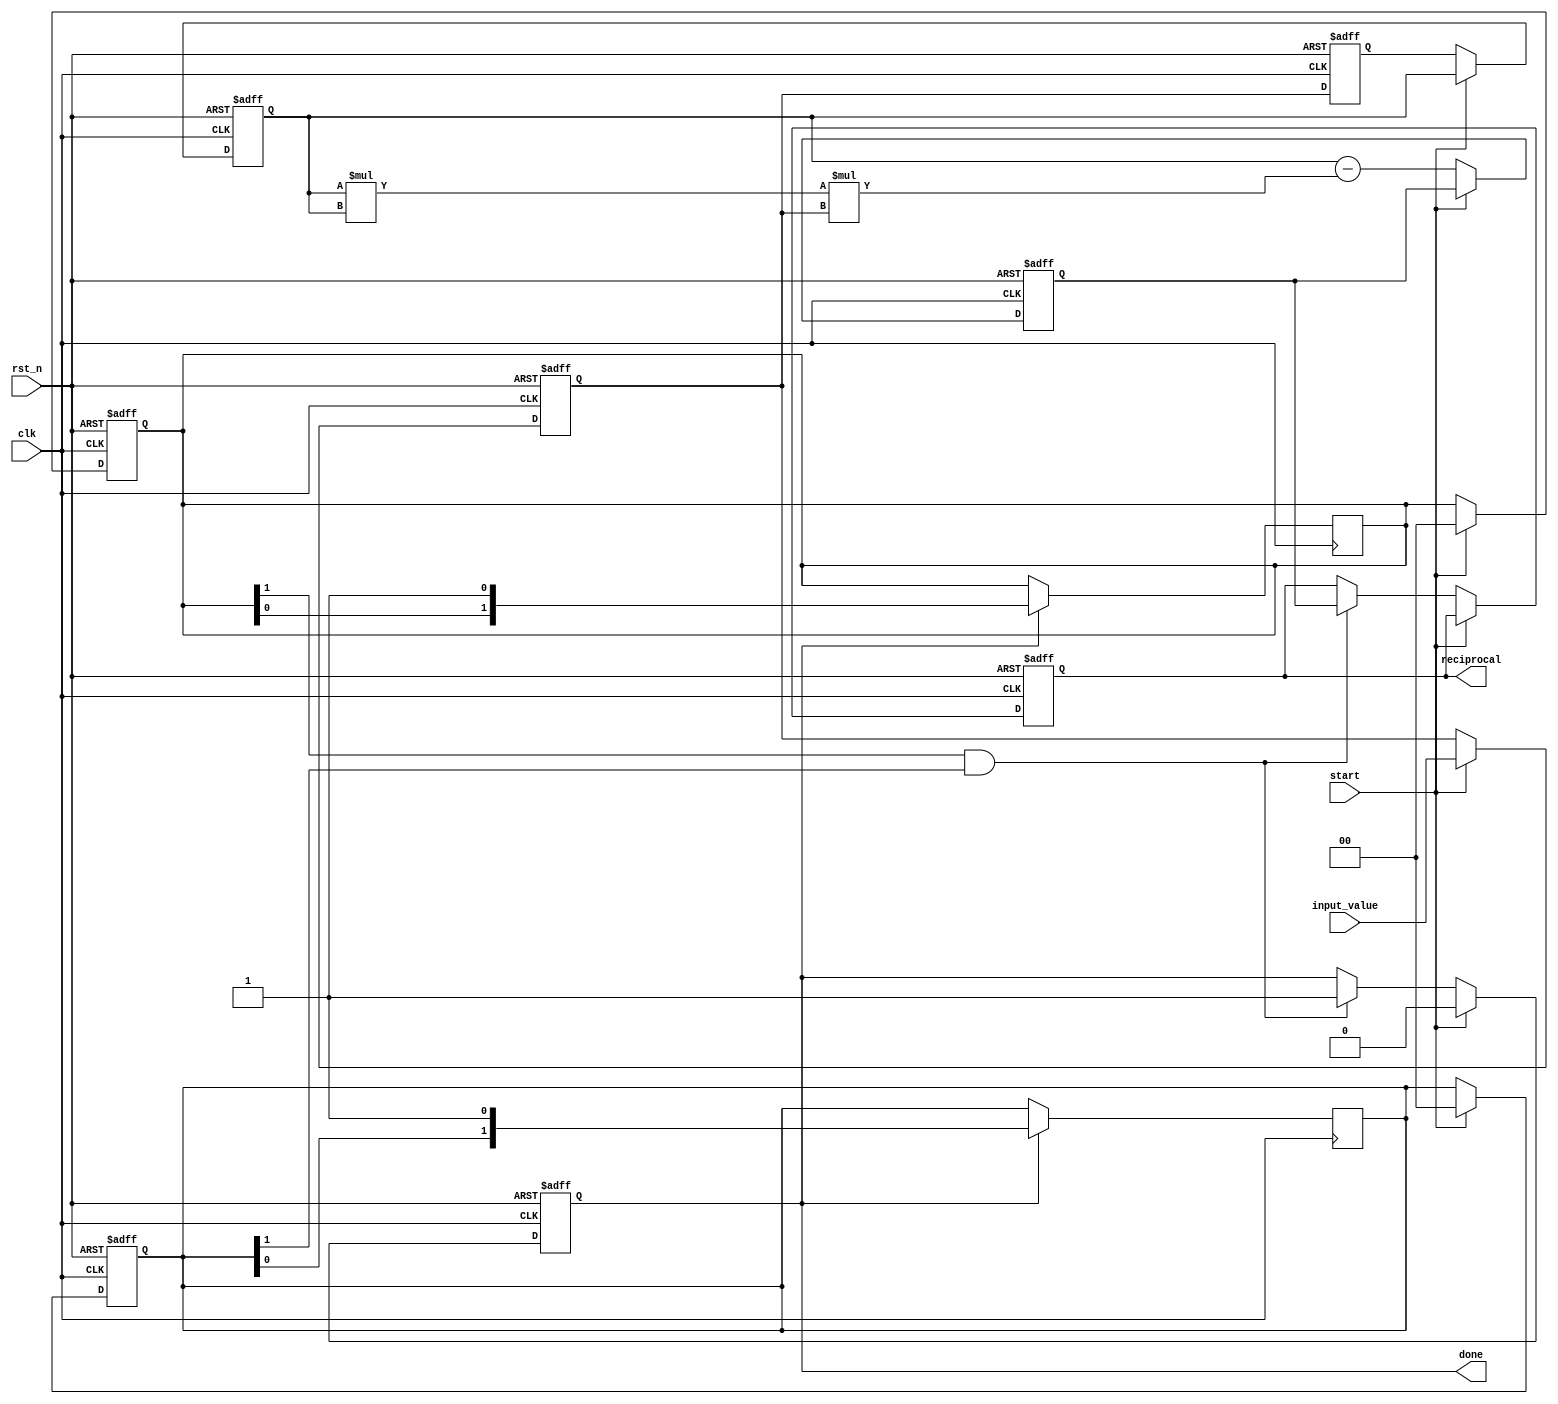
module systolic_array_reciprocal #(
    parameter N = 2,          // Size of the systolic array (NxN)
    parameter DATA_WIDTH = 16 // Bit-width of input/output data
)(
    input wire clk,
    input wire rst_n,
    input wire start,
    input wire [DATA_WIDTH-1:0] input_value,
    output reg [DATA_WIDTH-1:0] reciprocal,
    output reg done
);

    // Internal signals
    reg [DATA_WIDTH-1:0] PE [0:N-1][0:N-1]; // Processing elements
    reg [DATA_WIDTH-1:0] input_buffer;
    reg [N-1:0] row_done, col_done;

    // Initialization and control logic
    integer i, j;
    always @(posedge clk or negedge rst_n) begin
        if (!rst_n) begin
            reciprocal <= 0;
            done <= 0;
            for (i = 0; i < N; i = i + 1) begin
                for (j = 0; j < N; j = j + 1) begin
                    PE[i][j] <= 0;
                end
            end
            input_buffer <= 0;
            row_done <= 0;
            col_done <= 0;
        end else if (start) begin
            // Load input into the first PE
            input_buffer <= input_value;
            PE[0][0] <= input_buffer; // Initialize first PE with input
            // Initialize done signals
            row_done <= 0;
            col_done <= 0;
            done <= 0;
        end else begin
            // Systolic array computation
            for (i = 0; i < N; i = i + 1) begin
                for (j = 0; j < N; j = j + 1) begin
                    if (i == 0 && j == 0) begin
                        // First PE computation (initial input)
                        PE[i][j] <= input_buffer; // Load input
                    end else if (j == 0) begin
                        // First column computation (pass down from the previous row)
                        PE[i][j] <= PE[i-1][j]; // Transfer from above
                    end else begin
                        // General case: Compute reciprocal iteratively
                        PE[i][j] <= PE[i][j-1] - (PE[i][j-1] * PE[i][j-1] * input_buffer); // Example Newton-Raphson step
                    end
                end
            end

            // Check if the last PE has completed
            if (row_done[N-1] && col_done[N-1]) begin
                reciprocal <= PE[N-1][N-1]; // Read from last PE
                done <= 1;
            end
        end
    end

    // Done signal propagation
    always @(posedge clk) begin
        if (done) begin
            row_done <= {row_done[N-2:0], 1'b1}; // Shift done for rows
            col_done <= {col_done[N-2:0], 1'b1}; // Shift done for columns
        end
    end

endmodule